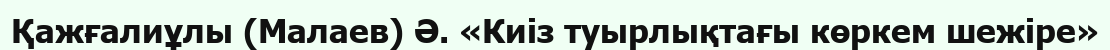
Қажғалиұлы (Малаев) Ә. «Киіз туырлықтағы көркем шежіре»